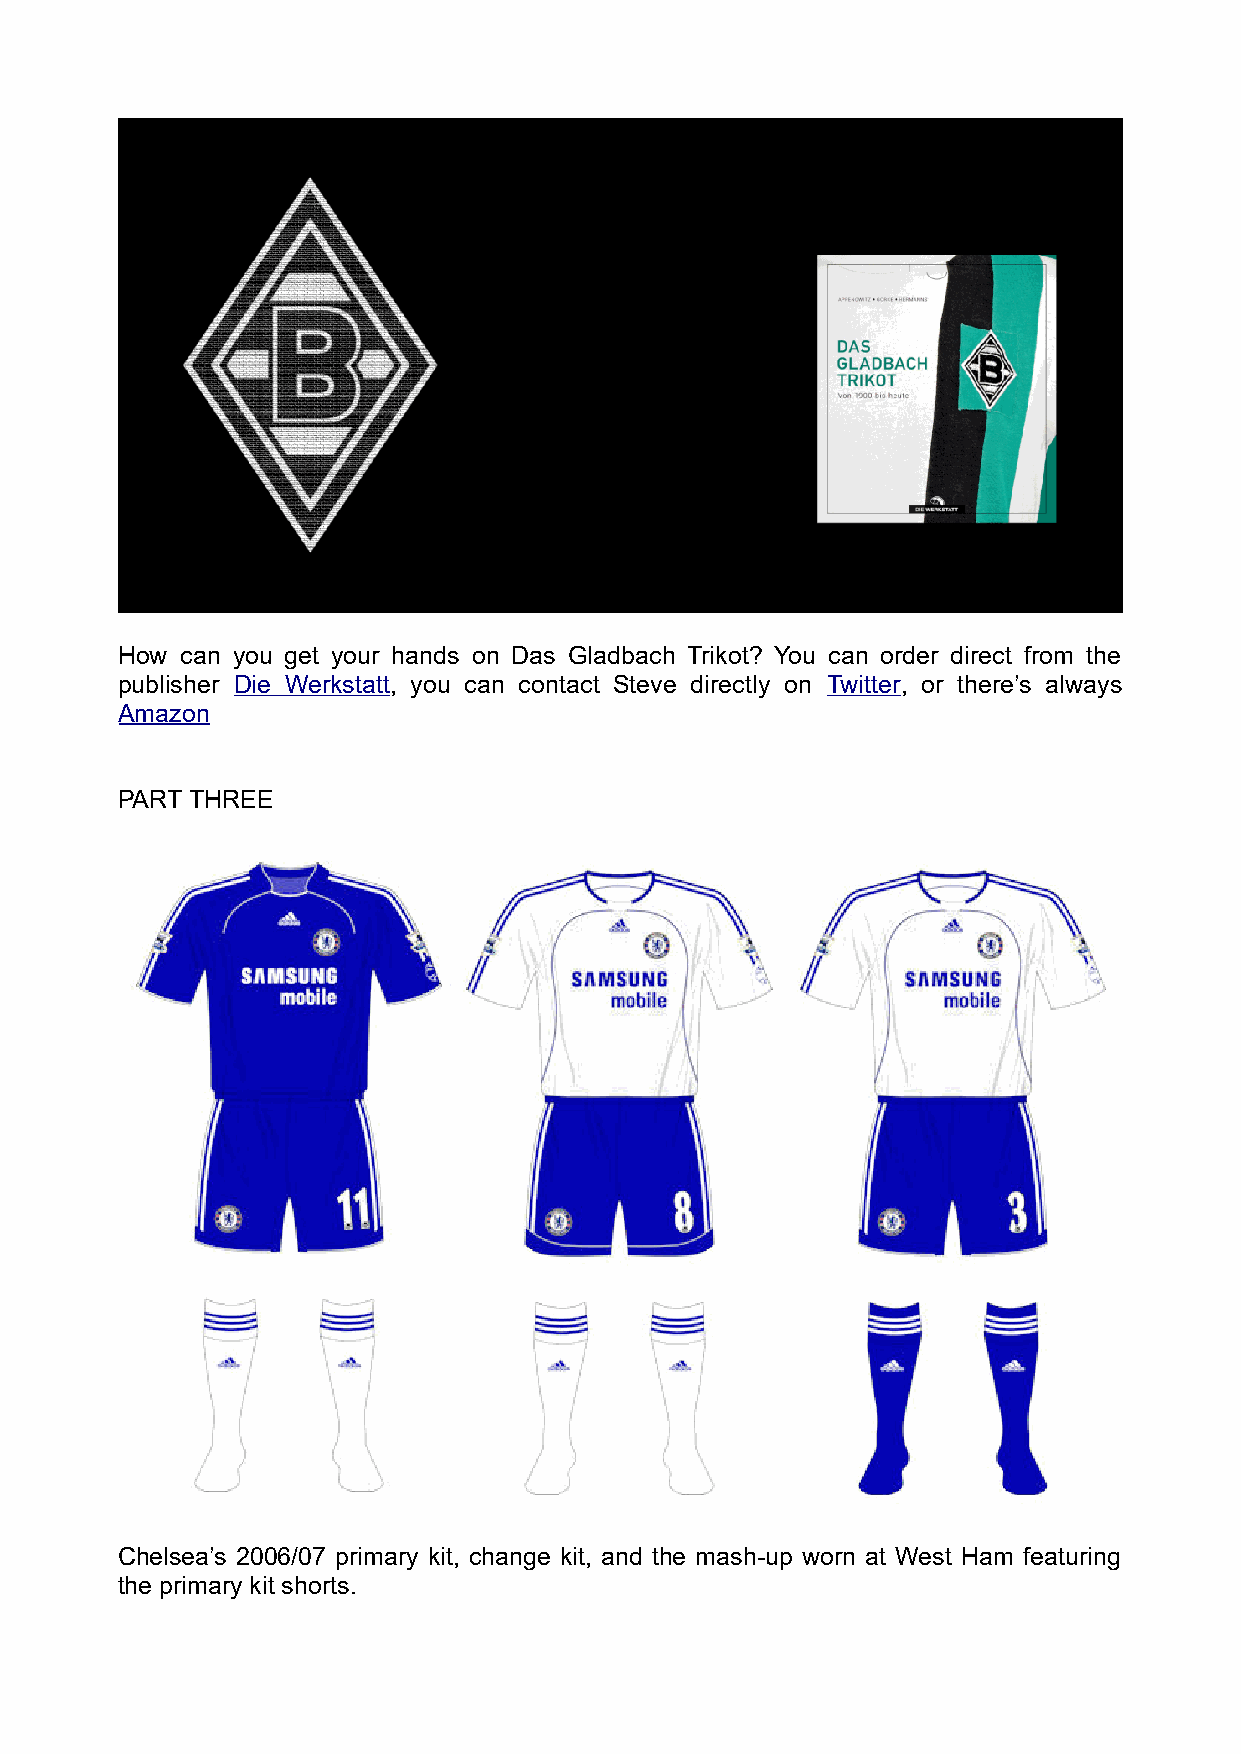
How can you get your hands on Das Gladbach Trikot? You can order direct from the
 publisher Die Werkstatt, you can contact Steve directly on Twitter, or there’s always
 Amazon
 PART THREE
 Chelsea’s 2006/07 primary kit, change kit, and the mash-up worn at West Ham featuring
 the primary kit shorts.